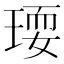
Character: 𤧋